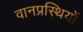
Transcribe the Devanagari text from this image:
वानप्रस्थियों